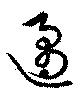
遹